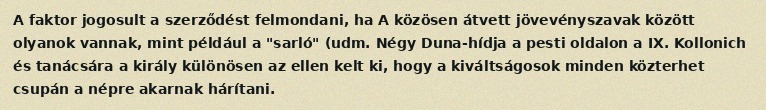
A faktor jogosult a szerződést felmondani, ha A közösen átvett jövevényszavak között olyanok vannak, mint például a "sarló" (udm. Négy Duna-hídja a pesti oldalon a IX. Kollonich és tanácsára a király különösen az ellen kelt ki, hogy a kiváltságosok minden közterhet csupán a népre akarnak hárítani.